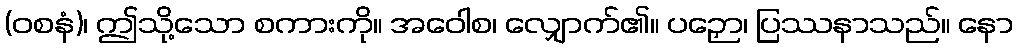
(ဝစနံ)၊ ဤသို့သော စကားကို။ အဝေါစ၊ လျှောက်၏။ ပဉှော၊ ပြဿနာသည်။ နော